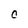
Character: C